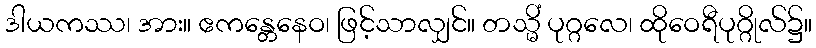
ဒါယကဿ၊ အား။ ဧကန္တေနေဝ၊ ဖြင့်သာလျှင်။ တသ္မိံ ပုဂ္ဂလေ၊ ထိုဝေရီပုဂ္ဂိုလ်၌။